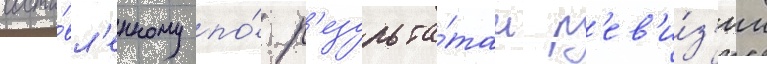
соста́вл'енному по́ р'езульта́там р'ев'и́з'ии